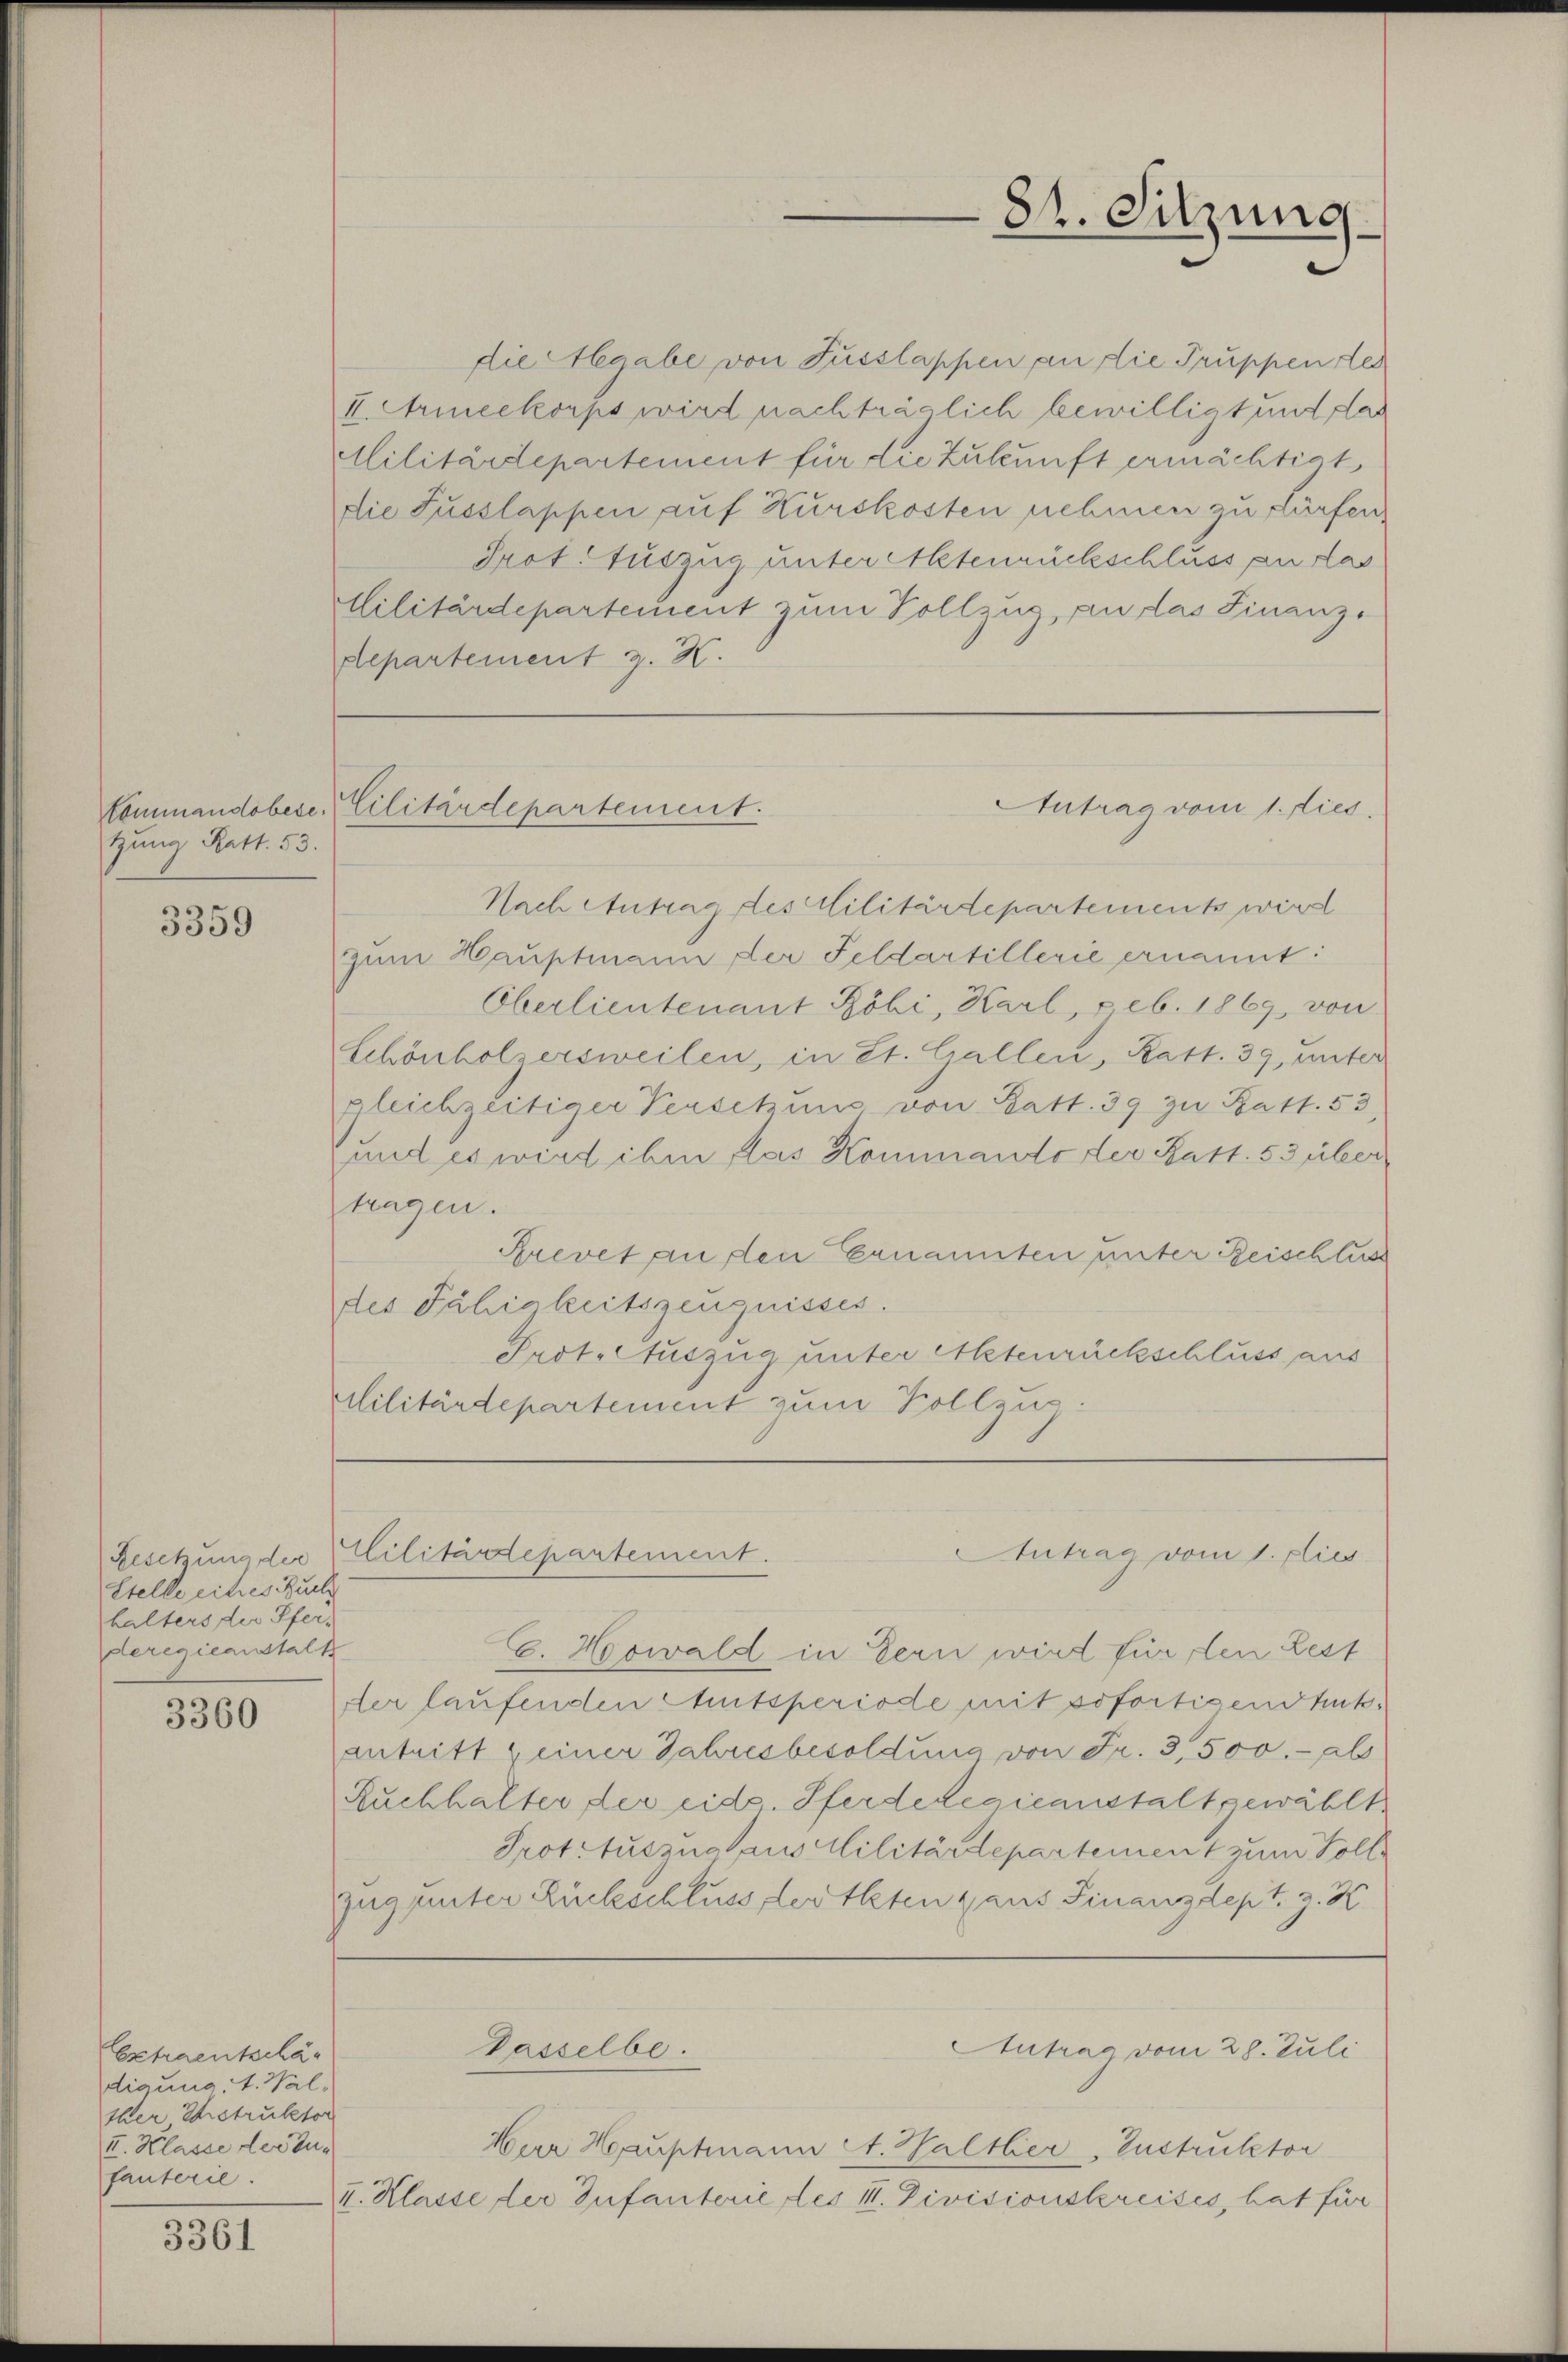
tung Ratt. 53.

3359

Gesetzung der
Stelle eines Buch
halters der Pfers
deregieanstalt

3360

Extraentschär
digung, I. Wal
iber Erstruktor
II. Klasse der Zufauterie.

3361

die Abgabe von Fusslappen an die Truppen der
II. Armeekorps wird nachträglich bewilligt und das
Militärdepartement für die Zukunft ermächtigt
die Fusslappen auf Kurskosten nehmen zu dürfen
Prot. Auszug unter Altenrückschluss an das
Militärdepartement zum Vollzug, an das Finanz¬
Repartement z. H.
Nach Antrag des Militärdepartements wird
zum Hauptmann der Feldartillerie ernannt:
Oberlieutenant Röhi, Harl, p. eb. 1869, von
Schönholzersweilen, in St. Gallen, Ratt. 39, unter
gleichzeitiger Versetzung von Satt. 39 zu Ratt. 53
und es wird ihm das Kommando der Ratt. 53 über
tragen.
Brevet an den Ernannten unter Reischluss
des Fähigkeitszeugnisses.
Prot. Auszug unter Aktenrückschluss aus
rlilitärdepartement zum Vollzug.

84. Sitzung.

Antrag vom 1. dies
Kommandobese Cilitärdepartement.

C. Horwald in Bern wird für den Best
der laufenden Amtsperiode mit sofortigendhut.
antritt einer Jahresbesoldung von Fr. 3,500.- ab
Ruchhalter der eid. Pferdelegieanstalt gewählt
Prot. Auszug aus Militärdepartement zum Soll
zugleiter Rückschluss der treten aus Finanzdept. J. K.
Passelbe.
Antrag vom 28. Juli
Hur Hauptmann A. Haltler, Instruktor
II. Klasse der Infanterie des II. Divisionskreises, hat für

Cilitärdepartement.
Antrag vom 1. Flies